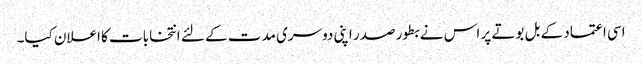
اسی اعتماد کے بل بوتے پر اس نے بطور صدر اپنی دوسری مدت کے لئے انتخابات کا اعلان کیا۔